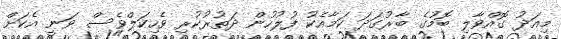
މިއަދު ގޮއްވާލި ބޮމުގެ ބާރުގަދަ ކަމާއެކު ފުލުހުން ދަތުރުކުރި ވެހިކަލްވެސް ވަނީ އެކަށް